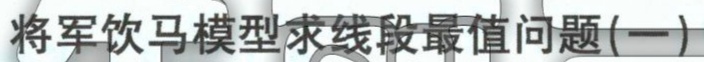
将军饮马模型求线段最值问题(一)